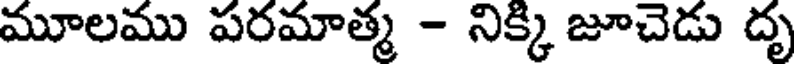
మూలము పరమాత్మ - నిక్కి జూచెడు దృ